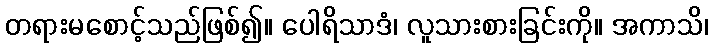
တရားမစောင့်သည်ဖြစ်၍။ ပေါရိသာဒံ၊ လူသားစားခြင်းကို။ အကာသိ၊